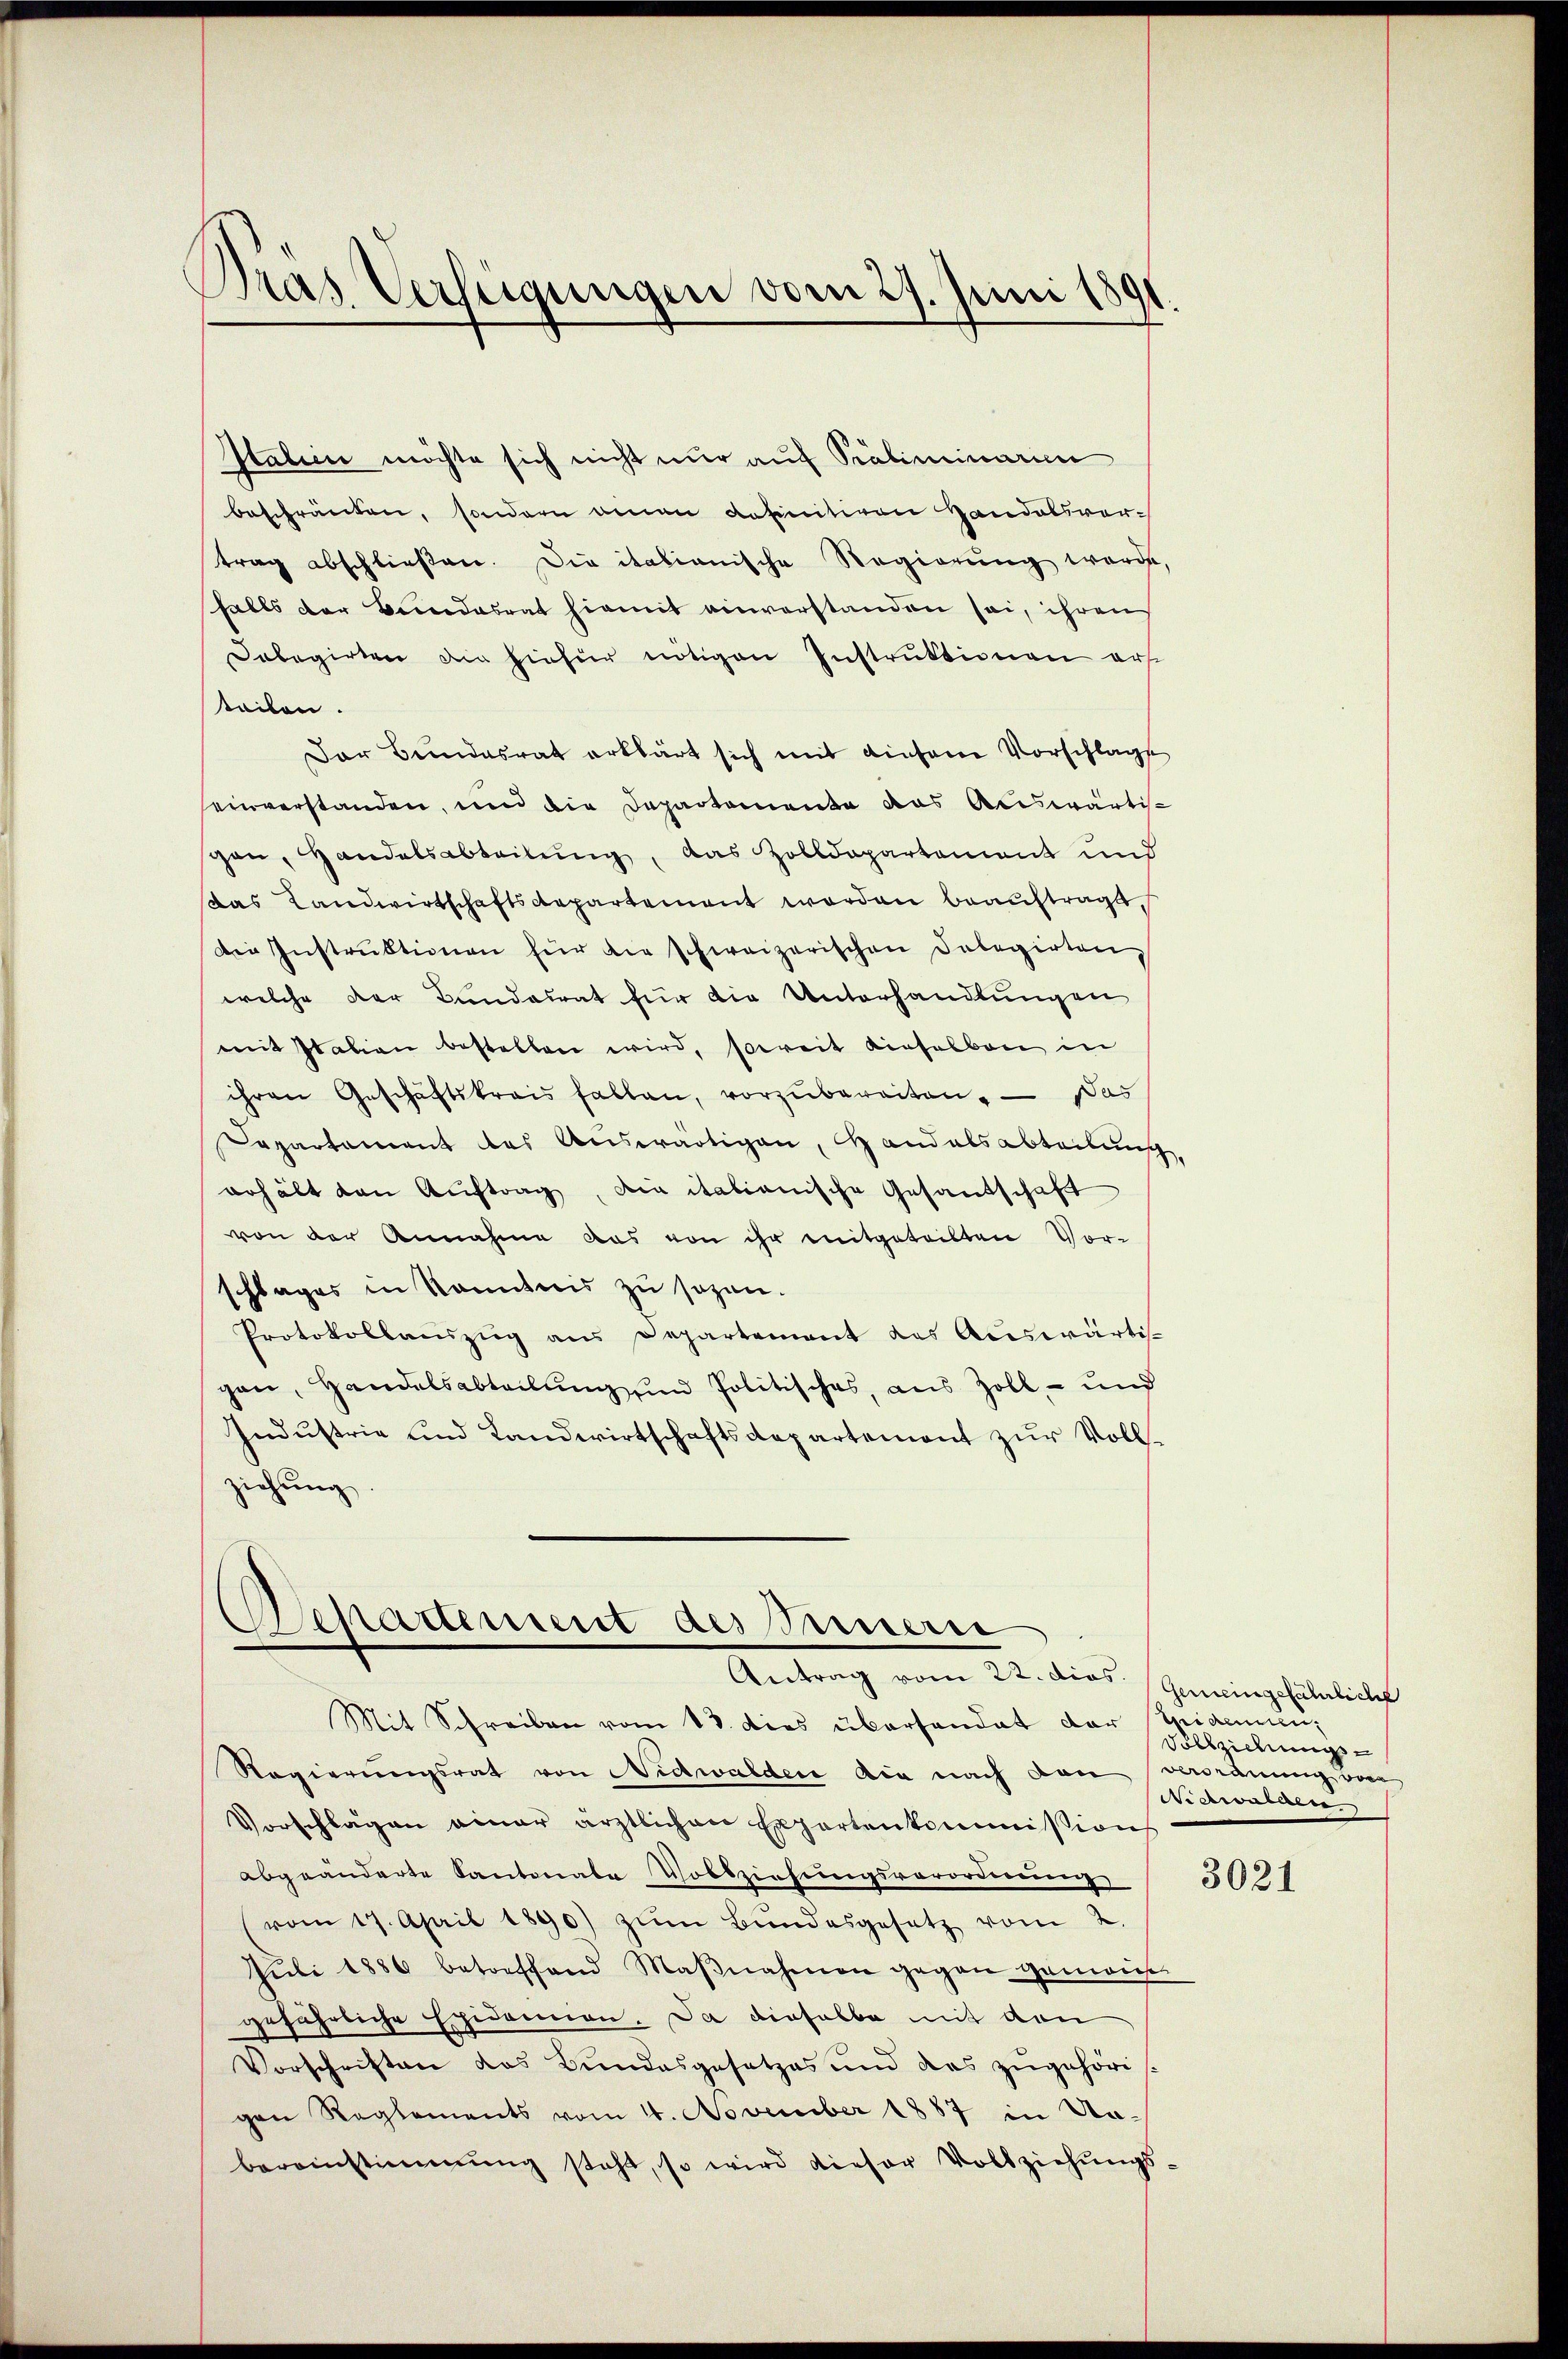
Dras Verfeigungen vom 27. Juni 1891.

Italien möchte sich nicht nur auf Präliminarien
beschränken, sondern einen Refinitiven Handelsvertrag abschließen. Die itationische Regierung werde,
falls der Beredasrat hiemit einverstanden sei, ihren
Dabagirten die hiefür nötigen Instruktionen erf
steilen.
Der Bundesrat erklärt sich mit diesene Vorschlage
einverstanden, und die Departemente das Auswärti-
pon, Handelsabteilung, das Zolldepartement und
das Landwirtschaftsdepartement worden beaŭftragt,
Die Instrŭktionen für die schweizerischen Delegirten,
welche der Bundesrat für die Unterhandlungen
mit Italien bestellen wird, soweit dieselben in
ihren Geschäftskrais fallen, vorzŭbereiten. — Das
Departament des Auswärtigen, Handelsabteilung,
erhält den Aŭftrag, die italienische Gesandschaft
von der Annahme das von ihr mitgeteilten Vor-
schlages in kanntnis zu sagen.
Protokollauszug aus Departement des Auswärti-
gan, Handelsabteilung und Politisches, aus Zoll- und
Industrie und Landwirtschaftsdepartement zur Vollziehung

Mit Schreiben vom 13. dies übersandat der Aidemien,
Regierungsrat von Nidwalden die nach den verordnung von
Vorschlägen einer ärztlichen Expertenkommission
abgeänderte Kantonale Vollziehungsverordnung
vom 17. April 1890) zŭm Bŭndesgesetz vom 2.
Juli 1886 betreffend Maβnahmen gegen gemain-
gefährliche Epidemien. Da dieselbe mit dan
Vorschriften das Bŭndesgesetzes und das zŭgehöris.
gen Reglements vom 4. November 1887 in Nobereinstimmung steht, so wird dieser Vollziehŭngs-

Departiment des Innern
Antrag vom 22. dies. Gemeingefährlich

Vollziehungs
Viehwasser

3021